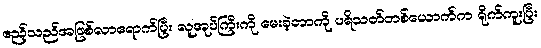
ဧည့်သည်အဖြစ်လာရောက်ပြီး လူအုပ်ကြီးကို မေးခဲ့တာကို ပရိသတ်တစ်ယောက်က ရိုက်ကူးပြီး